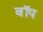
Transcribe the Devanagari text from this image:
वॉप